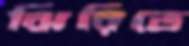
ঝিরিতে